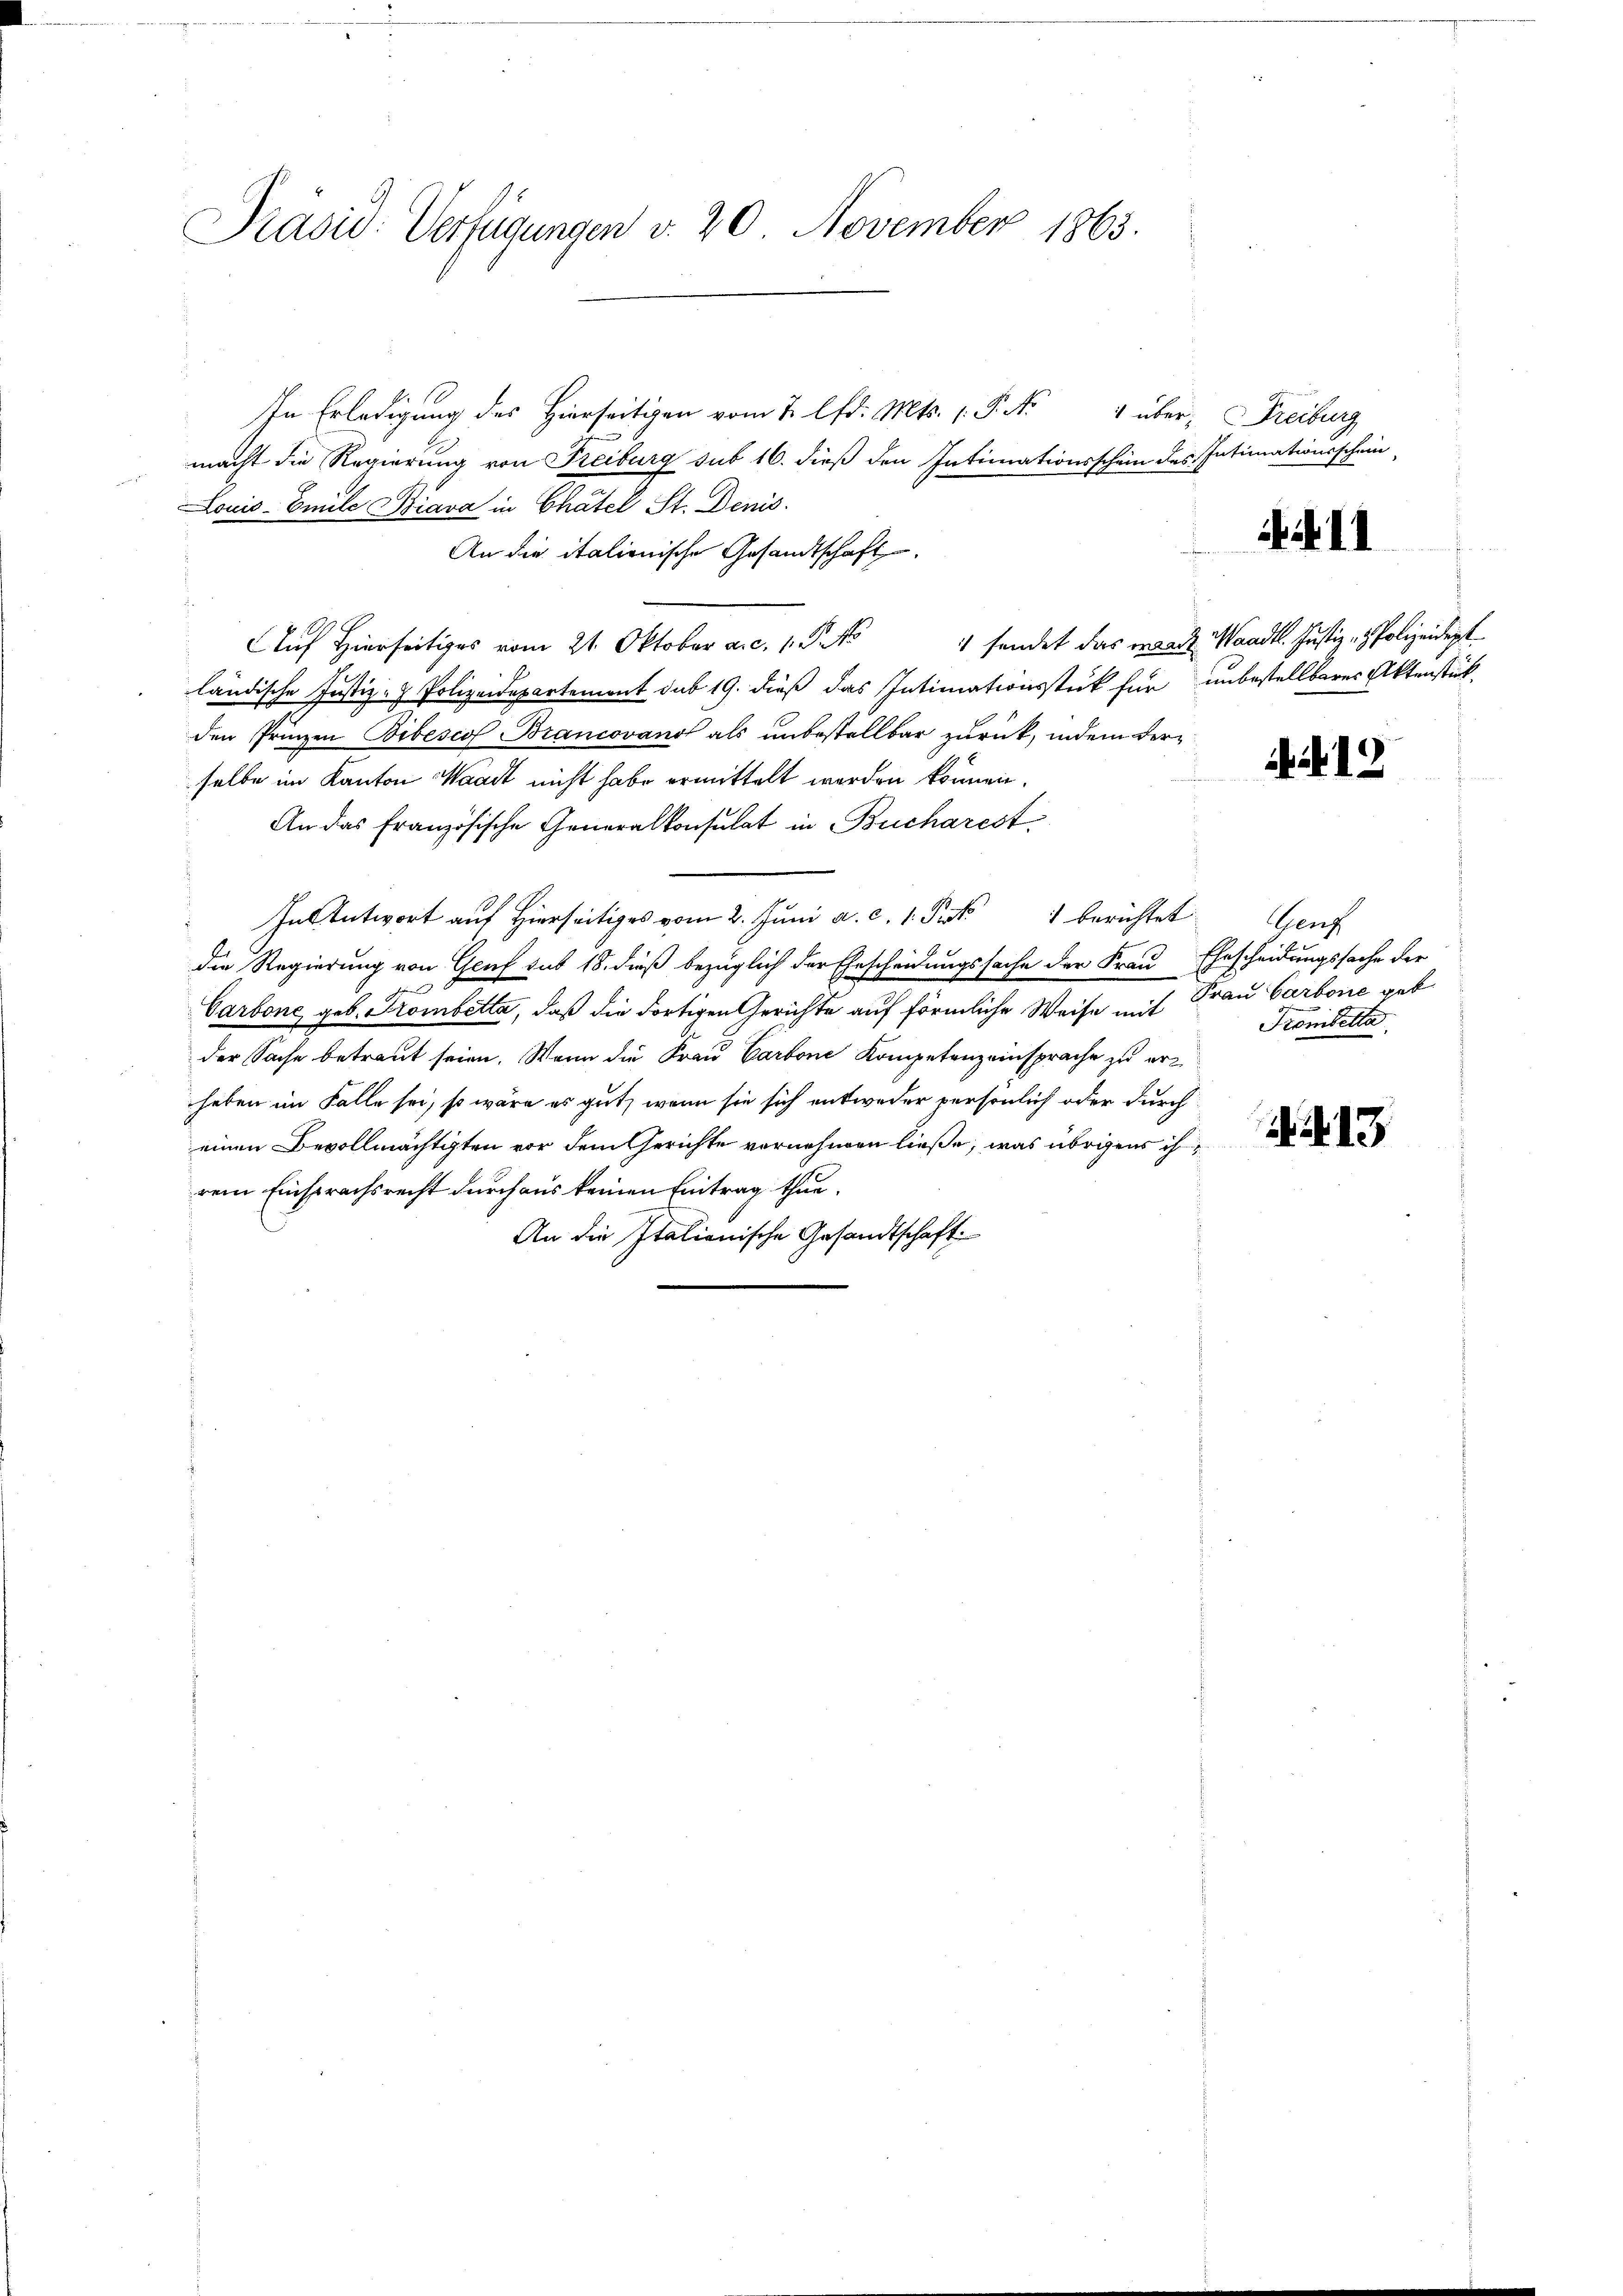
Präsid. Verfügungen v. 20. November 1863.

In Erledigung des Hierseitigen vom 2. lfd. Mts. 1. P. No
macht die Regierung von Freiburg sub 16. dieß den Intimationsschein des Intimationsschein
Louis-Emule Biava in Chatel St. Denis
An die italionische Gesandtschaft
Auf Hierseitiges vom 21. Oktober a.c. 1. P. Nr
ländische Justiz- & Polizeidepartement sub 19. dieß das Intimationsstück für unbestellbares Aktenstück
den Prinzen Bibescof Brancovano als unbestellbar zurück, indem derselbe im Kanton Waadt nicht habe ermittelt werden können.
An das französische Generalkonsulat in Bucharest,
In Antwort auf Hierseits vom 2. Juni a. c. 1. Frk. 1 berichtet Genf
die Regierung von Genf sub 18. dieß bezüglich der Ehescheidungssache der Frau Ehrscheidungssache der
Carbone, geb. Trombetta, daß die dortigen Gerichte auf förmliche Weise mit Frau Carbone geb
der Sache betraut seien. Wenn die Frau Carbone Kompetenz einsprache zu erz
haben im Falle sei, so wäre es gut, wenn sie sich entweder persönlich oder durch
einen Bevollmächtigten vor dem Gerichte vornehmen ließe, was übrigens ih
rem Einsprachsrecht durch aus keinen Eintrag thue.
An die Italienische Gesandtschaft

über, Freiburg

11

sendet das waadt Waadt. Justiz- & Polizeidigt.

N. 13

Trombetta

.. 13